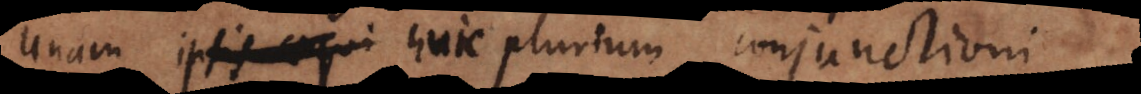
unam ipsis aequi huic plurium conjunctioni